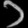
Digit: ၁